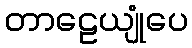
တာဠေယျုံပေ